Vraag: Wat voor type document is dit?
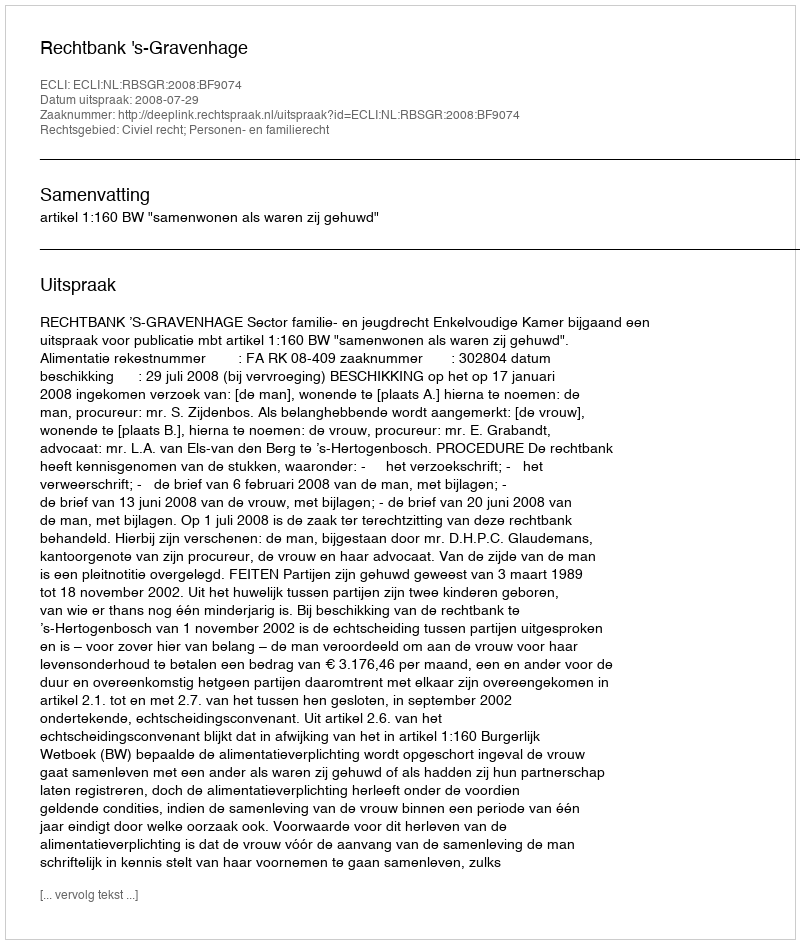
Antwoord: Uitspraak